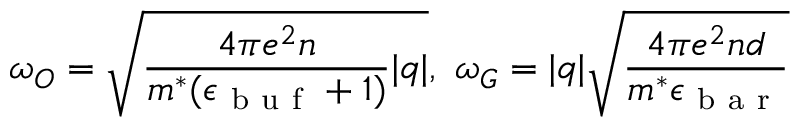
\omega _ { O } = \sqrt { \frac { 4 \pi e ^ { 2 } n } { m ^ { * } ( \epsilon _ { { \mathrm { ~ b ~ u ~ f ~ } } } + 1 ) } | q | } , \, \, \omega _ { G } = | q | \sqrt { \frac { 4 \pi e ^ { 2 } n d } { m ^ { * } \epsilon _ { \mathrm { ~ b ~ a ~ r ~ } } } }